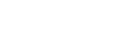
အဖွားအိုသည်